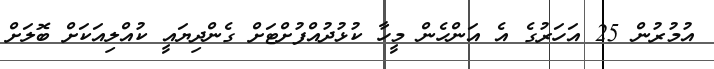
އުމުރުން 25 އަހަރުގެ އެ އަންހެން މީހާ ކުޅުދުއްފުށްޓަށް ގެންދިޔައީ ކުއްލިއަކަށް ބޮލަށް